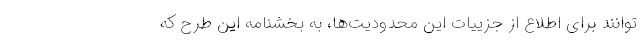
توانند برای اطلاع از جزییات این محدودیت‌ها، به بخشنامه این طرح که